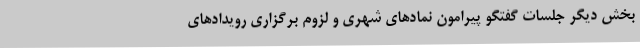
بخش دیگر جلسات گفتگو پیرامون نمادهای شهری و لزوم برگزاری رویدادهای